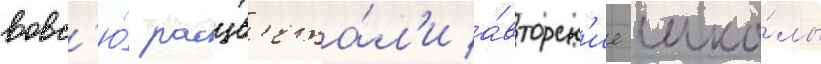
вовс'ю́ расцв'ета́л'и а́вторск'ие шко́лы